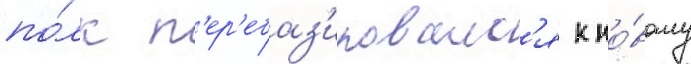
по́лк п'ер'ебаз'ировалс'я к но́вому